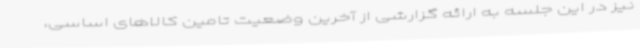
نیز در این جلسه به ارائه گزارشی از آخرین وضعیت تامین کالاهای اساسی،